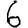
Digit: 6